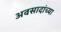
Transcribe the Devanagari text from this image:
अवसादांच्या